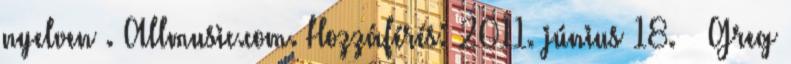
nyelven . Allmusic.com. Hozzáférés: 2011. június 18. ↑ Greg